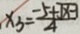
x _ { 3 } = \frac { - 5 + \sqrt { x - 1 } } { 4 }